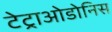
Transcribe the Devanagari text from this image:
टेट्राओडोनिस